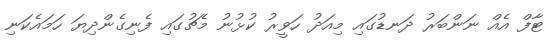
ޓާފް އެއް ނަންބަރު ދަނޑުގައި މިއަދު ހަވީރު ކުޅުނު މެޗުގައި ފެނިގެންދިޔަ ހަމައެކަނި